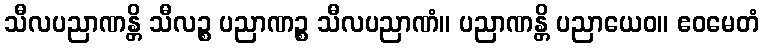
သီလပညာဏန္တိ သီလဉ္စ ပညာဏဉ္စ သီလပညာဏံ။ ပညာဏန္တိ ပညာယေဝ။ ဧဝမေတံ